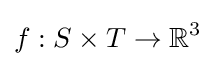
f:S\times T\to \mathbb {R} ^{3}